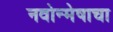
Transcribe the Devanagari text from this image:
नवोन्मेषाचा